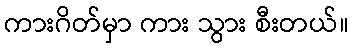
ကားဂိတ်မှာ ကား သွား စီးတယ်။